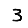
Digit: 3